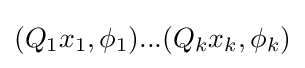
(Q_{1}x_{1},\phi _{1})...(Q_{k}x_{k},\phi _{k})